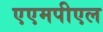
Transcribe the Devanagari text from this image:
एएमपीएल